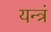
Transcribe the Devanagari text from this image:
यन्त्रं